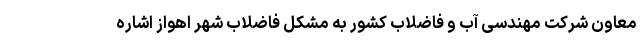
معاون شرکت مهندسی آب و فاضلاب کشور به مشکل فاضلاب شهر اهواز اشاره